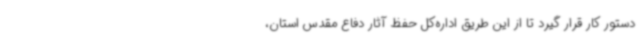
دستور کار قرار گیرد تا از این طریق اداره‌کل حفظ آثار دفاع مقدس استان،